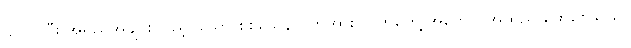
ပြုလုပ်ပြီး အရည်အချင်း ပြည့်ဝသော စစ်သေနာပတိအား လက်တွေ့ အကောင်အထည် ဖော်စေသည်။